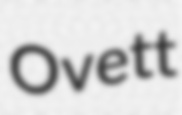
Ovett